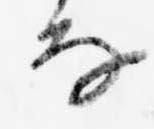
な